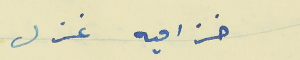
خزاميه غزل